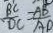
\frac { B C } { D C } = \frac { A B } { A D }